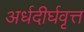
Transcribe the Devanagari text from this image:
अर्धदीर्घवृत्त